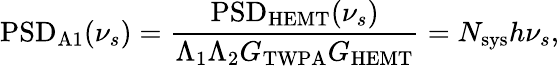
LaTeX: \mathrm{PSD}_{\mathrm{A1}}(\nu_{s})=\frac{\mathrm{PSD}_{\mathrm{HEMT}}(\nu_{s})}{\Lambda_{1}\Lambda_{2}G_{\mathrm{TWPA}}G_{\mathrm{HEMT}}}=N_{\mathrm{sys}}h\nu_{s},